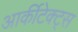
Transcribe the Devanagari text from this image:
आर्कीटेक्ट्स